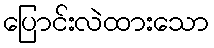
ပြောင်းလဲထားသော